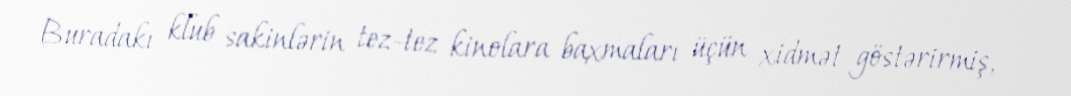
Buradakı klub sakinlərin tez-tez kinolara baxmaları üçün xidmət göstərirmiş,